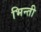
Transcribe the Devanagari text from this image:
भिन्ती